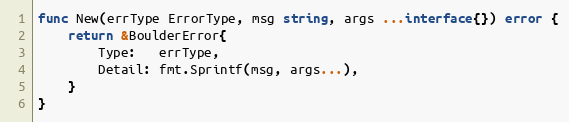
Language: Go
func New(errType ErrorType, msg string, args ...interface{}) error {
	return &BoulderError{
		Type:   errType,
		Detail: fmt.Sprintf(msg, args...),
	}
}